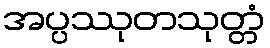
အပ္ပဿုတသုတ္တံ